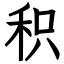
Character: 积